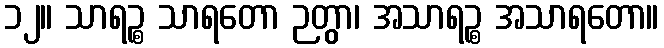
၁၂။ သာရဉ္စ သာရတော ဉတွာ၊ အသာရဉ္စ အသာရတော။